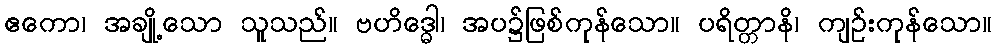
ဧကော၊ အချို့သော သူသည်။ ဗဟိဒ္ဓေါ၊ အပ၌ဖြစ်ကုန်သော။ ပရိတ္တာနိ၊ ကျဉ်းကုန်သော။